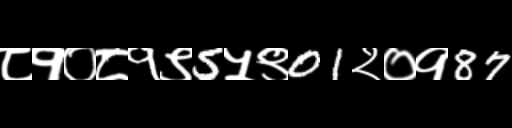
Text: ८१०८१९5५९01२०१87